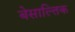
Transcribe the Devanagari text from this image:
बेसाल्तिक